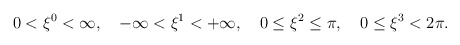
\begin{align*}0<\xi^0 <\infty, \hspace{1em} -\infty <\xi^1 <+ \infty, \hspace{1em} 0\leq \xi^2\leq \pi, \hspace{1em} 0\leq \xi^3 <2 \pi.\end{align*}